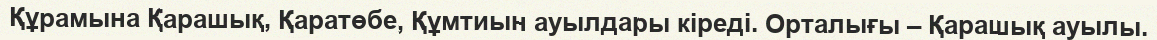
Құрамына Қарашық, Қаратөбе, Құмтиын ауылдары кіреді. Орталығы – Қарашық ауылы.